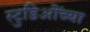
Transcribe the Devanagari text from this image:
स्टुडिऒंच्या